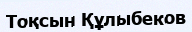
Тоқсын Құлыбеков